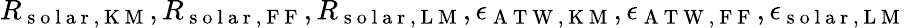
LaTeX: R_{\mathrm{~s~o~l~a~r~,~K~M~}},R_{\mathrm{~s~o~l~a~r~,~F~F~}},R_{\mathrm{~s~o~l~a~r~,~L~M~}},\epsilon_{\mathrm{~A~T~W~,~K~M~}},\epsilon_{\mathrm{~A~T~W~,~F~F~}},\epsilon_{\mathrm{~s~o~l~a~r~,~L~M~}}